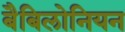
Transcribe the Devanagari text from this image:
बैबिलोनियन